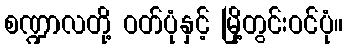
စဏ္ဍာလတို့ ဝတ်ပုံနှင့် မြို့တွင်းဝင်ပုံ။